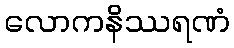
လောကနိဿရဏံ